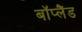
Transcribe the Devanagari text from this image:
बॉप्लैंड